Annual report of the Punjab Veterinary College and of the Civil Veterinary Department, Punjab - 1894-1908
Year: 1894
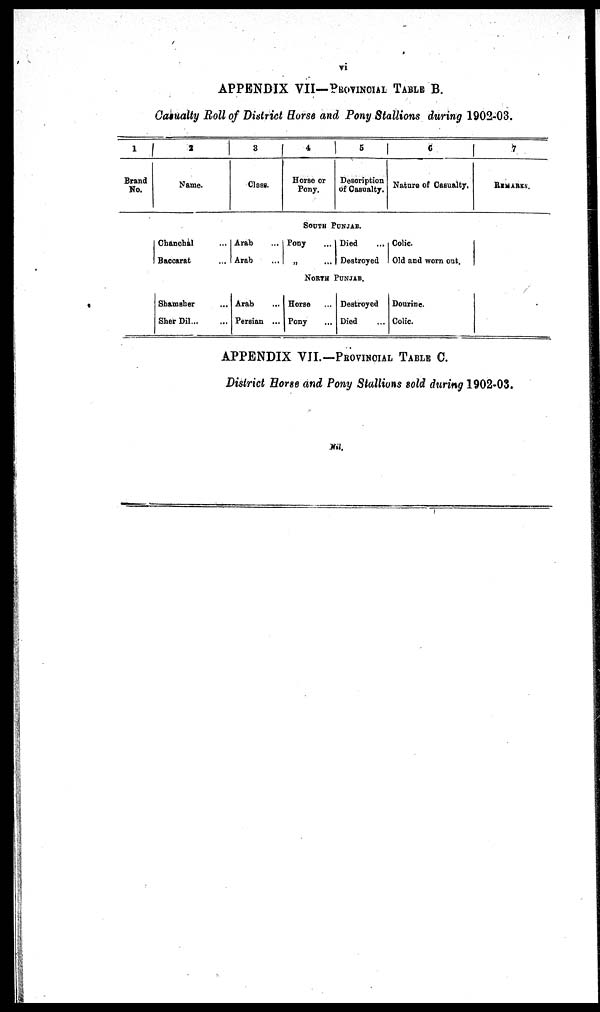
APPENDIX VII—PROVINCIAL TABLE B.
Casualty Roll of District Horse and Pony Stallions during 1902-03.
1
Brand
No.
2
Name.
Chanchal ...
Baccarat ...
Shamsher …
Sher Dil … …
3
Class.
Arab …
Arab …
Arab …
Persian ...
4
Horse or
Pony.
5
Description
of Casualty.
SOUTH PUNJAB.
Pony …
„ …
Died …
Destroyed
NORTH PUNJAB.
Horse …
Pony …
Destroyed
Died …
6
Nature of Casualty,
Colic.
Old and worn out.
Dourine.
Colic.
7
REMARKS.
APPENDIX VII.-PROVINCIAL TABLE C.
District Horse and Pony Stallions sold during 1902-03.